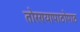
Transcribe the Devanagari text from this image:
तोरण्यापाठोपाठ